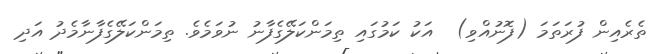
ތެރެއިން ފުރަތަމަ (ފޮނުއްވި)  އަކު ކަމުގައި ތިމަންކަލޭގެފާނު ނުވަމެވެ. ތިމަންކަލޭގެފާނާމެދު އަދި